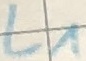
Text: L1